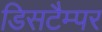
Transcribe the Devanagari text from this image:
डिसटैम्पर